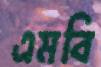
এমবি